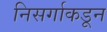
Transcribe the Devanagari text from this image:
निसर्गाकडून